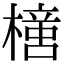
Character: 𣚍